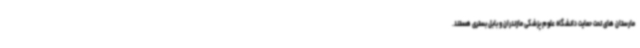
مارستان های تحت حمایت دانشگاه علوم پزشکی مازندران و بابل بستری هستند.